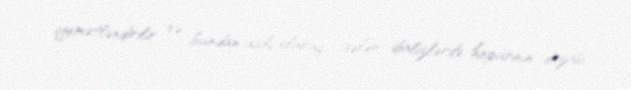
qiymətləndirilir və bundan asılı olaraq gələn dializlərdə heparinin dozası